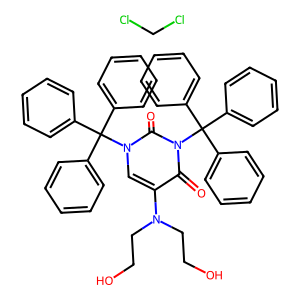
SMILES: ClCCl.O=c1c(N(CCO)CCO)cn(C(c2ccccc2)(c2ccccc2)c2ccccc2)c(=O)n1C(c1ccccc1)(c1ccccc1)c1ccccc1
Inhibits HIV replication: No